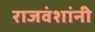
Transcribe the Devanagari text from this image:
राजवंशांनी